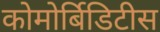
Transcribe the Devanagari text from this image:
कोमोर्बिडिटीस